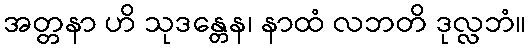
အတ္တနာ ဟိ သုဒန္တေန၊ နာထံ လဘတိ ဒုလ္လဘံ။